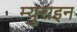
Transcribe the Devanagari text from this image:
म्युराइन